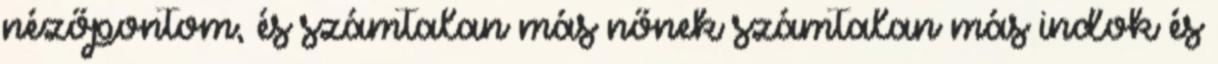
nézőpontom, és számtalan más nőnek számtalan más indok és